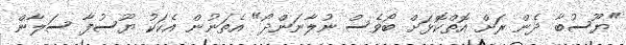
"ޔޫސުބާ ދެން ރަށް އޮތްކޮޅަށް ބޯވެސް ނުލާނަންދޯ" އެތަނުން އެކަކު ޔޫސުފާ ސަލާން